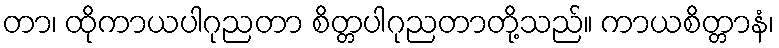
တာ၊ ထိုကာယပါဂုညတာ စိတ္တပါဂုညတာတို့သည်။ ကာယစိတ္တာနံ၊